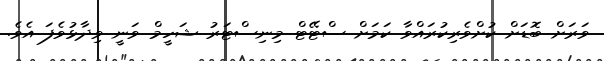
ވަރަށް ބޮޑަށް ކުށްވެރިކުރައްވާ ކަމަށް ސްޓޭޓް މިނިސްޓަރު ޝަހީމް ވަނީ ވިދާޅުވެފަ އެވެ.